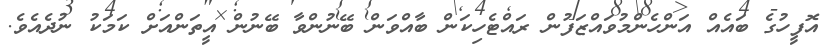
އޮފީހުގެ ބައެއް އަންހެންމުވައްޒަފުން ރައްޓެހިކަން ބާއްވަން ބޭނުންވާ ބޭނުން އީތަންއަށް ކަމަކު ނުދެއެވެ.